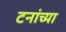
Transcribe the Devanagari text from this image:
टनांच्या